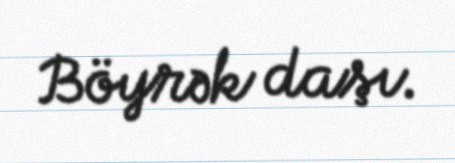
Böyrək daşı.